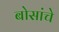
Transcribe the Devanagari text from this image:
बोसांचे